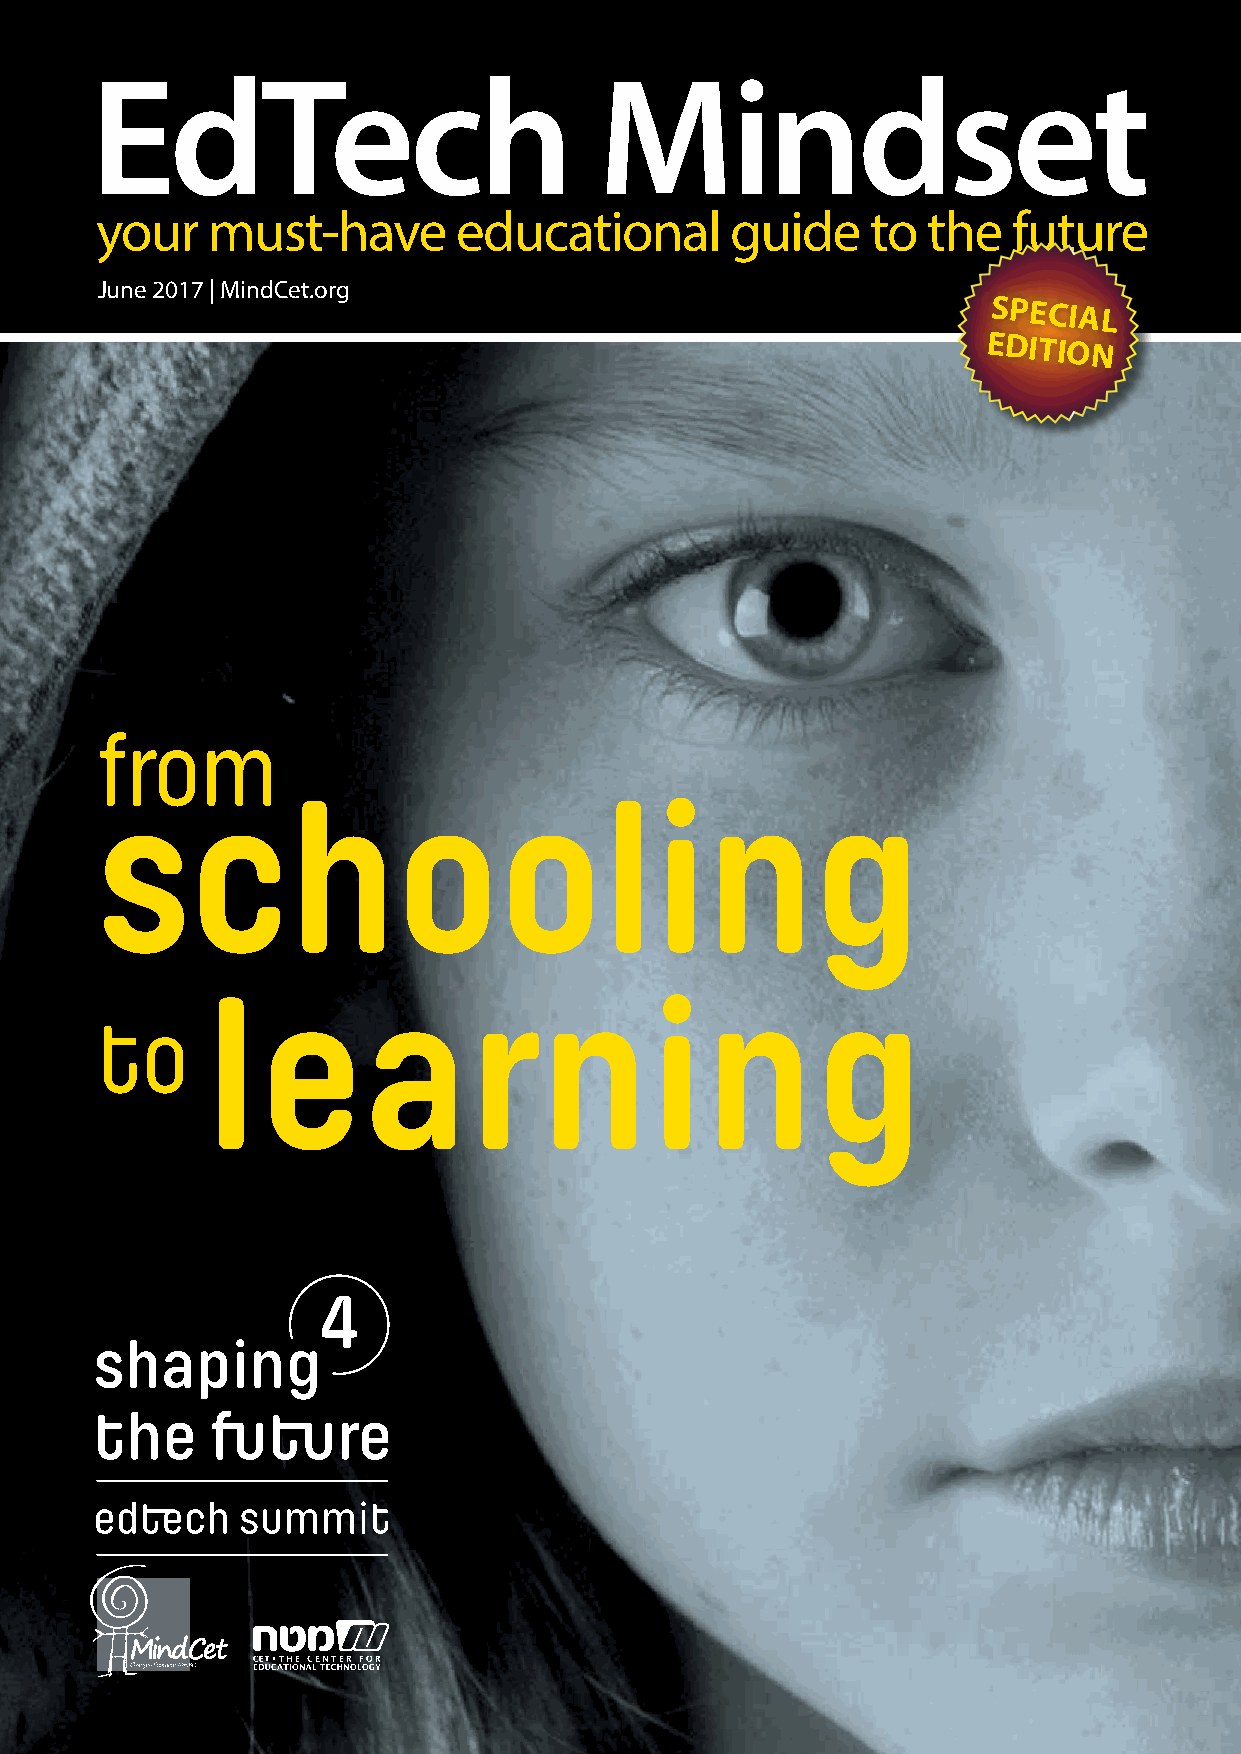
EdTech                            Mindset
 your    must-have       educational       guide     to the   future
 June 2017 | MindCet.org
 SPECIAL
 EDITION
 from
 schooling
 learning
 to